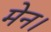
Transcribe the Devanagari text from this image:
मेन।